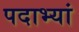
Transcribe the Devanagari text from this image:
पदाभ्यां